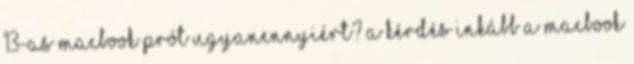
13-as MacBook Prót ugyanennyiért? A kérdés inkább a MacBook